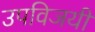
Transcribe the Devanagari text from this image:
उपविजयी